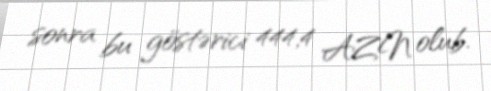
sonra bu göstərici 444,4 AZN olub.